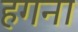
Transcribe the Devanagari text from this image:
हगना